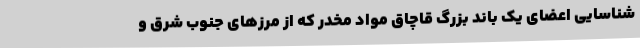
شناسایی اعضای یک باند بزرگ قاچاق مواد مخدر که از مرزهای جنوب شرق و